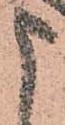
申